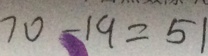
7 0 - 1 9 = 5 1